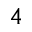
_ 4